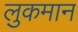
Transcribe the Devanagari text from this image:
लुकमान